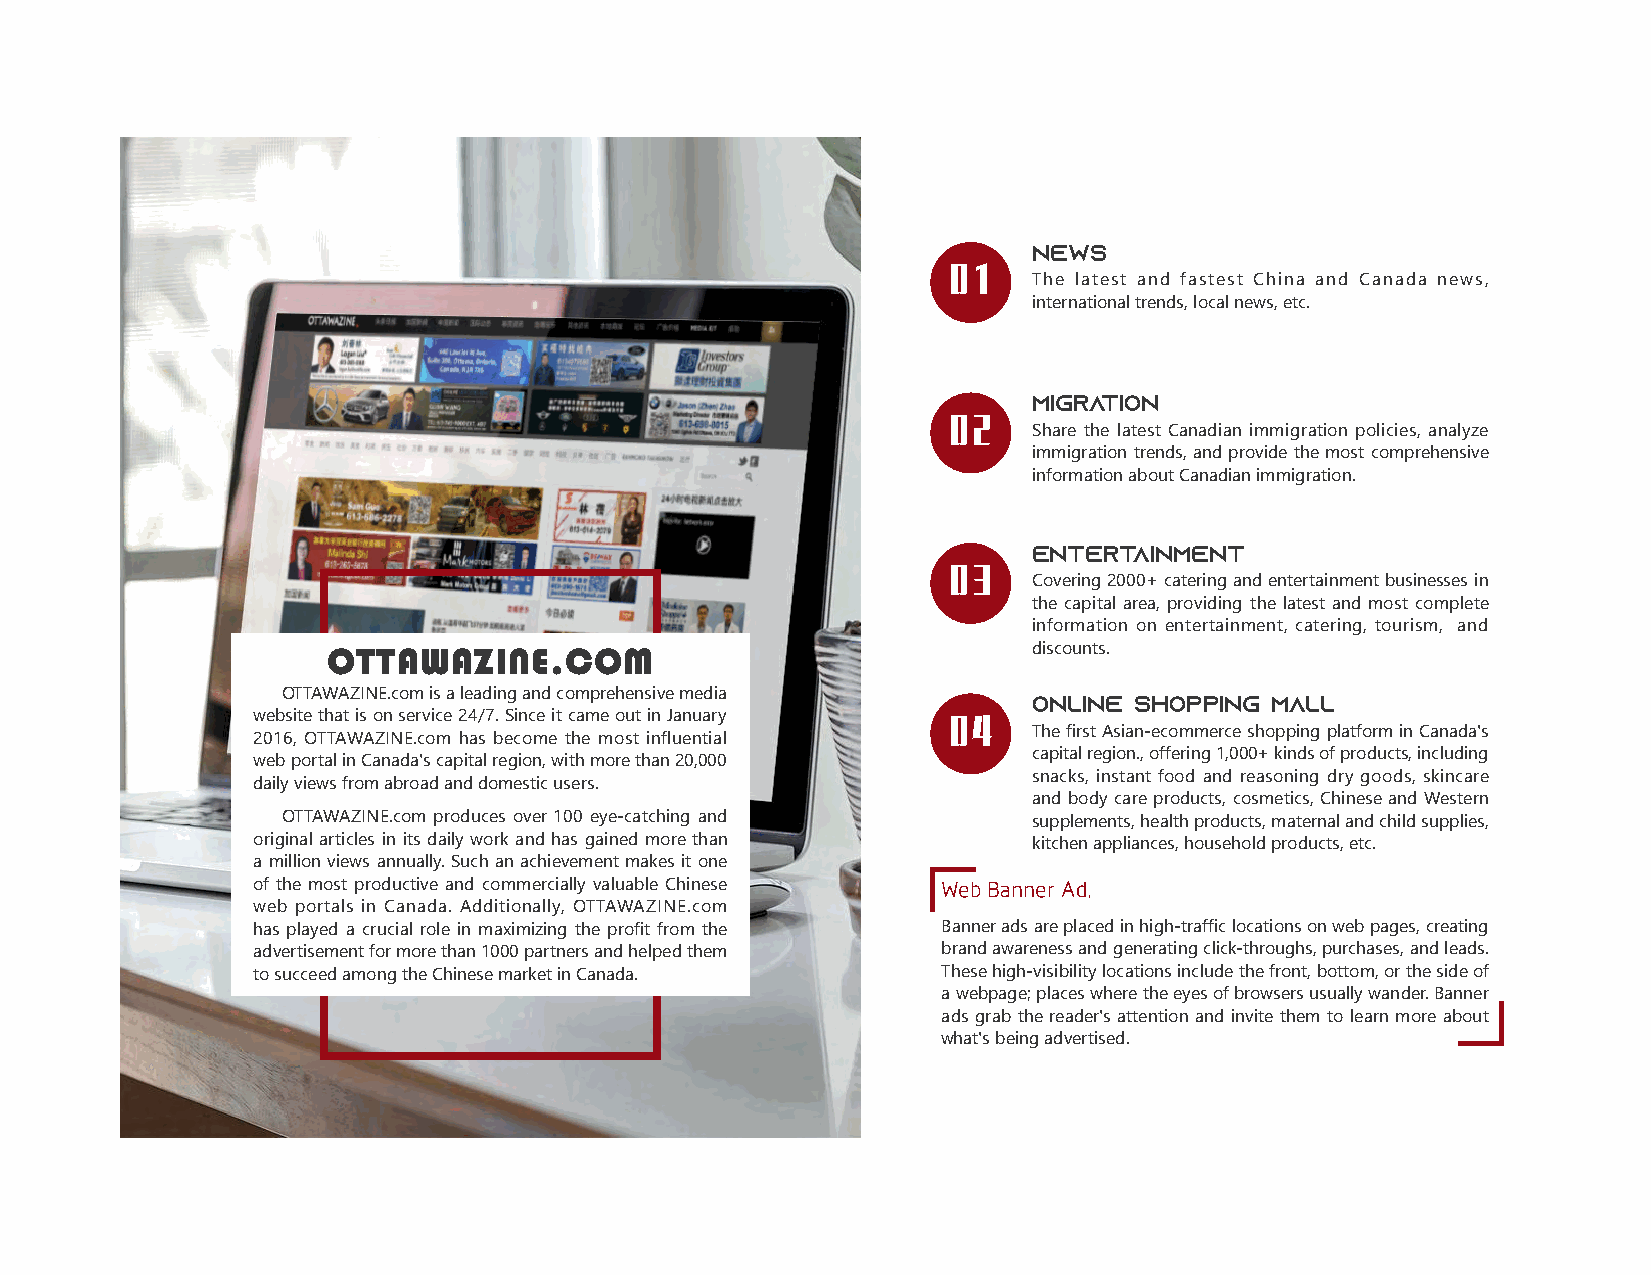
News
 01
 The latest and fastest China and Canada news,
 international trends, local news, etc.
 Migration
 02
 Share the latest Canadian immigration policies, analyze
 immigration trends, and provide the most comprehensive
 information about Canadian immigration.
 Entertainment
 03
 Covering 2000+ catering and entertainment businesses in
 the capital area, providing the latest and most complete
 information on entertainment, catering, tourism, and
 OTTAWAZINE.COM                                discounts.
 OTTAWAZINE.com is a leading and comprehensive media
 Online Shopping Mall
 website that is on service 24/7. Since it came out in January 04
 The first Asian-ecommerce shopping platform in Canada's
 2016, OTTAWAZINE.com has become the most influential
 capital region., offering 1,000+ kinds of products, including
 web portal in Canada's capital region, with more than 20,000
 snacks, instant food and reasoning dry goods, skincare
 daily views from abroad and domestic users.
 and body care products, cosmetics, Chinese and Western
 OTTAWAZINE.com produces over 100 eye-catching and supplements, health products, maternal and child supplies,
 original articles in its daily work and has gained more than kitchen appliances, household products, etc.
 a million views annually. Such an achievement makes it one
 of the most productive and commercially valuable Chinese Web Banner Ad.
 web portals in Canada. Additionally, OTTAWAZINE.com
 has played a crucial role in maximizing the profit from the Banner ads are placed in high-traffic locations on web pages, creating
 advertisement for more than 1000 partners and helped them brand awareness and generating click-throughs, purchases, and leads.
 to succeed among the Chinese market in Canada. These high-visibility locations include the front, bottom, or the side of
 a webpage; places where the eyes of browsers usually wander. Banner
 ads grab the reader's attention and invite them to learn more about
 what's being advertised.